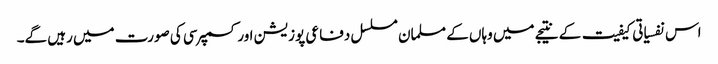
اس نفسیاتی کیفیت کے نتیجے میں وہاں کے مسلمان مسلسل دفاعی پوزیشن اور کسمپرسی کی صورت میں رہیں گے۔